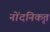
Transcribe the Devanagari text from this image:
नोंदनिकृत